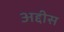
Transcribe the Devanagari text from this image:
अद्दीस